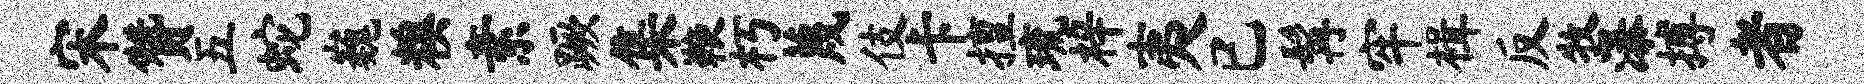
宋赞五蛇巍糗素蹶集鞭朽蔑伎卡擅琉梓夷已髯牢楫反牧瀑搏者